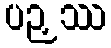
ပဉှဿ